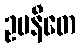
ဥပနီတေ